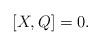
LaTeX: \begin{gather*}[X,Q]=0 .\end{gather*}